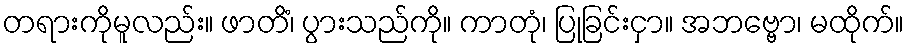
တရားကိုမူလည်း။ ဖာတိံ၊ ပွားသည်ကို။ ကာတုံ၊ ပြုခြင်းငှာ။ အဘဗ္ဗော၊ မထိုက်။